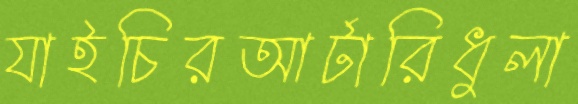
যাইচিরআর্টারিধুলা